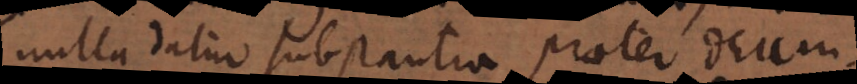
nulla datur substantia praeter Deum